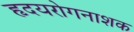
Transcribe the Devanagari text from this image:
हृदयरोगनाशक